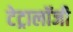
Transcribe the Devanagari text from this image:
टेट्रालॉजी